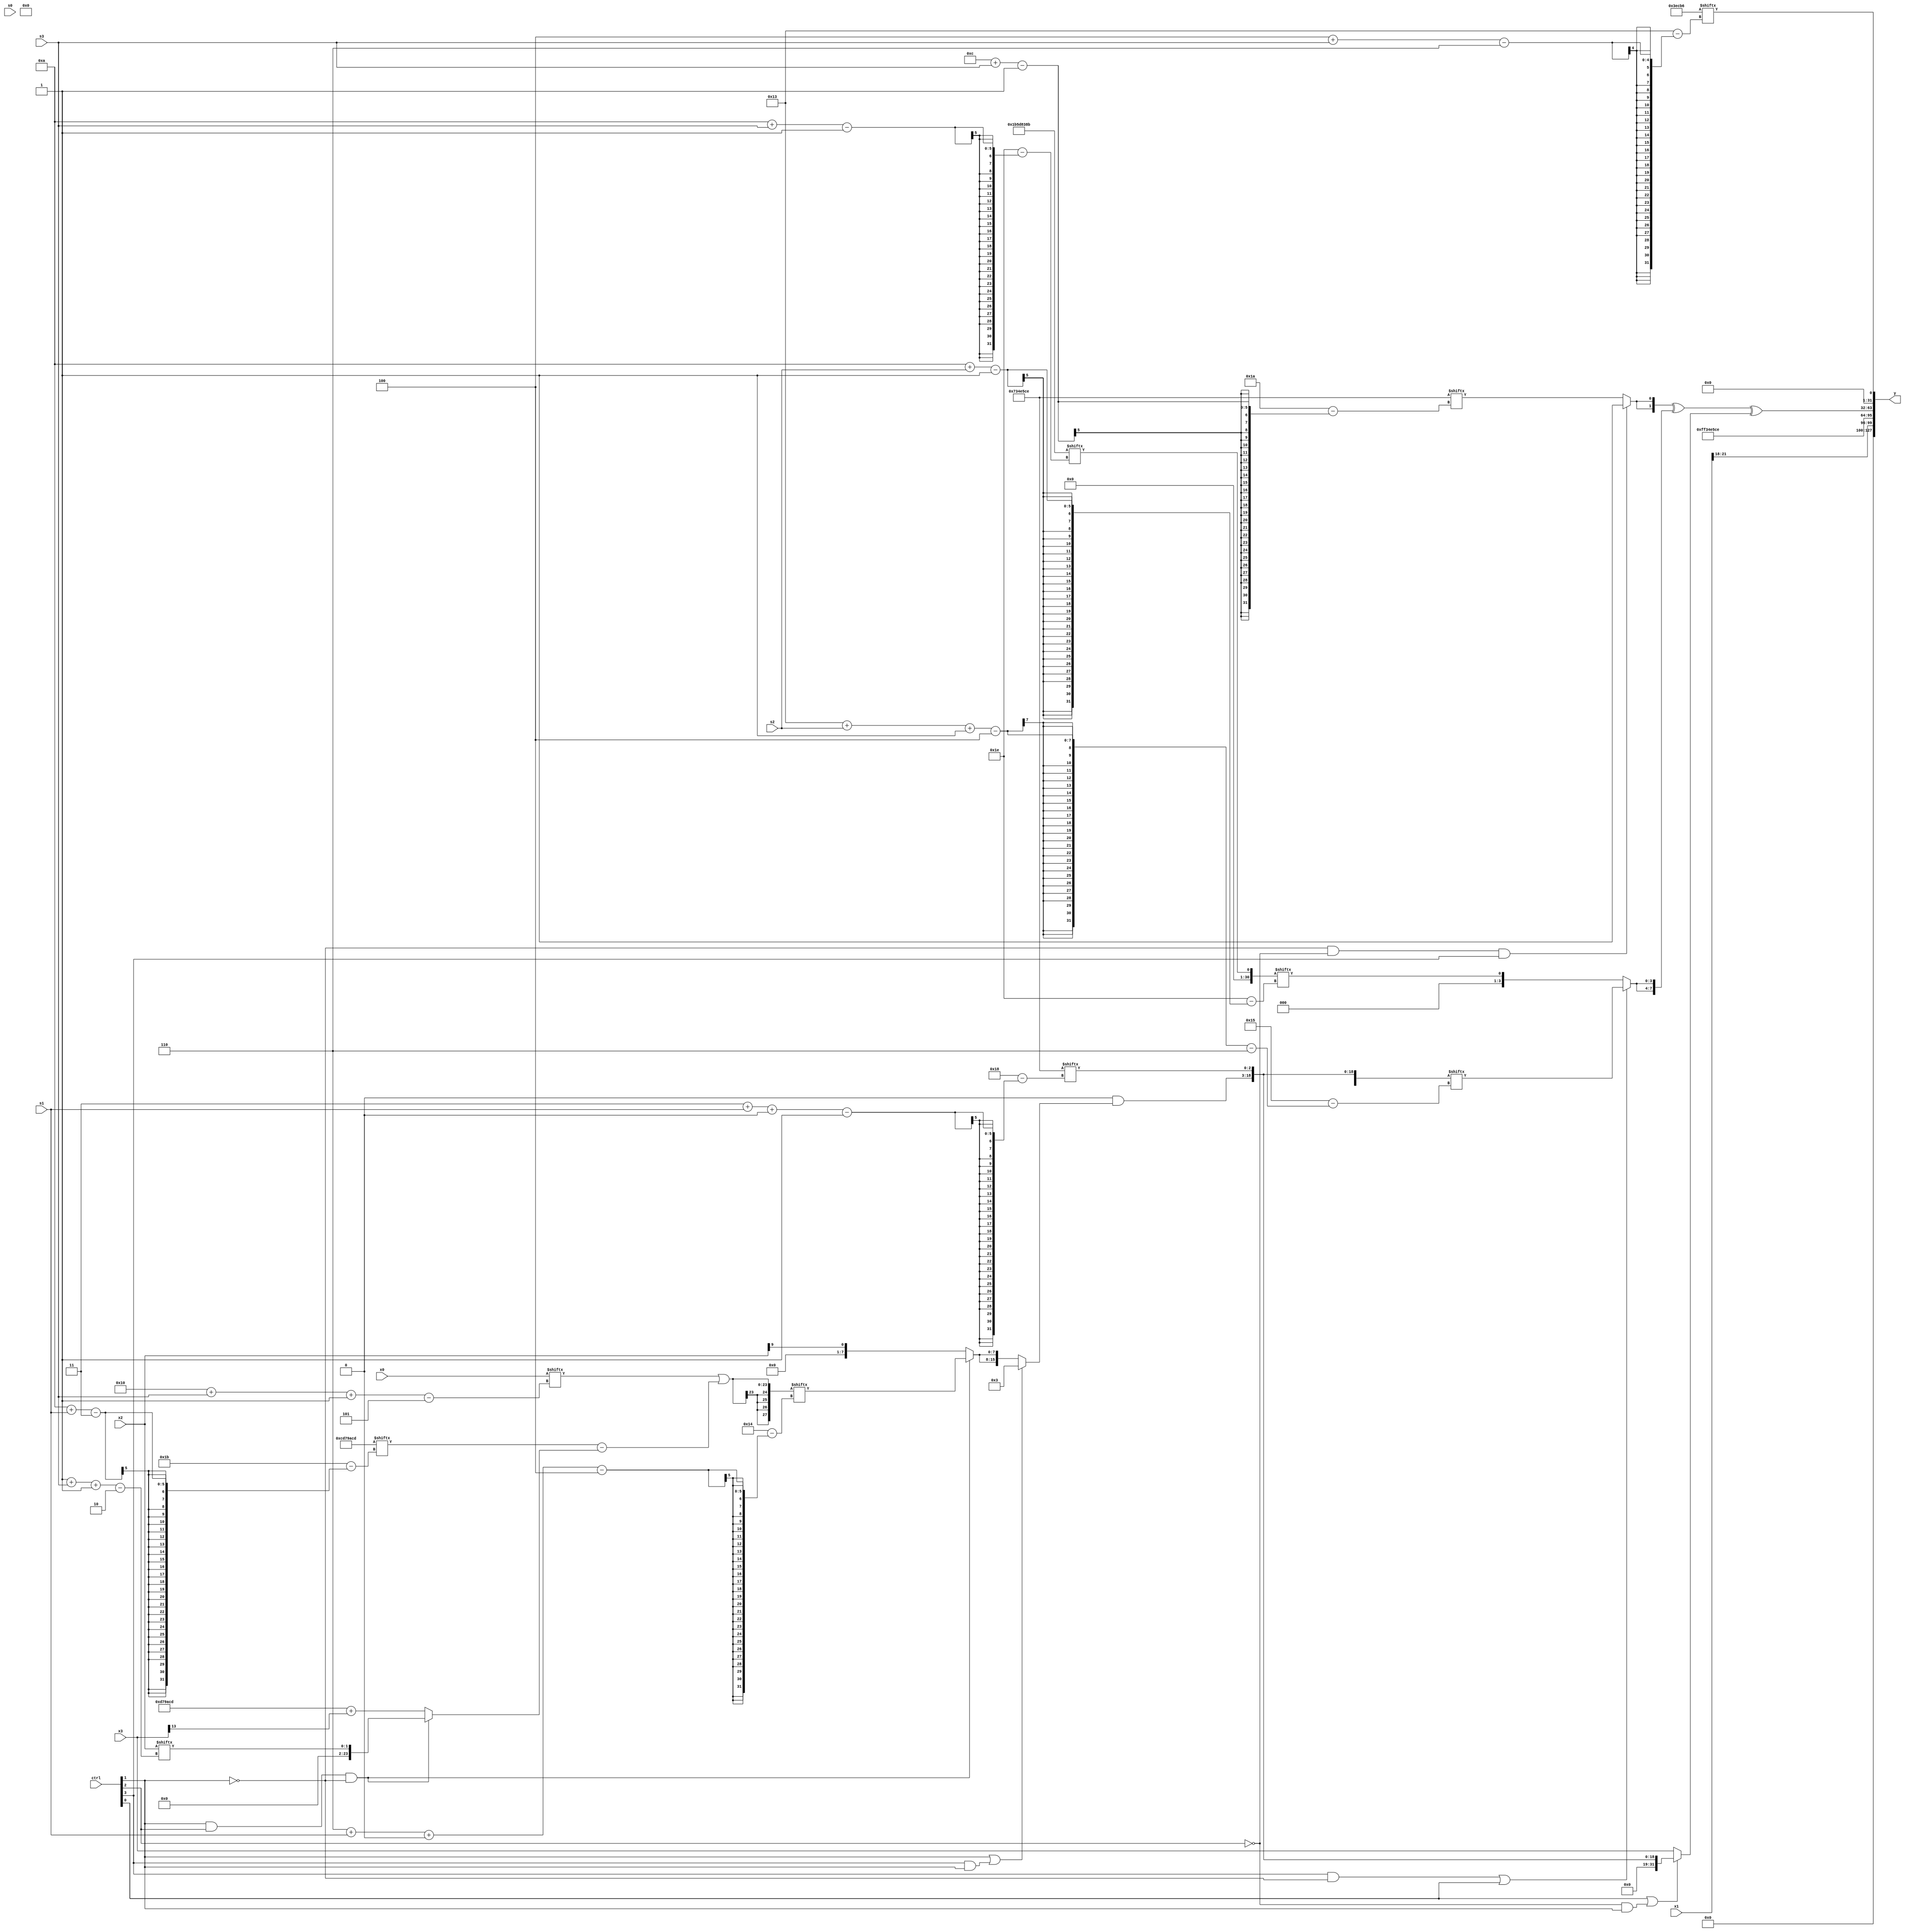
module partsel_00118(ctrl, s0, s1, s2, s3, x0, x1, x2, x3, y);
  input [3:0] ctrl;
  input [2:0] s0;
  input [2:0] s1;
  input [2:0] s2;
  input [2:0] s3;
  input signed [31:0] x0;
  input [31:0] x1;
  input signed [31:0] x2;
  input [31:0] x3;
  wire signed [1:31] x4;
  wire [25:0] x5;
  wire signed [2:25] x6;
  wire [7:25] x7;
  wire signed [1:24] x8;
  wire signed [24:5] x9;
  wire signed [26:2] x10;
  wire signed [4:31] x11;
  wire [6:30] x12;
  wire [26:4] x13;
  wire [7:31] x14;
  wire [25:6] x15;
  output [127:0] y;
  wire [31:0] y0;
  wire [31:0] y1;
  wire [31:0] y2;
  wire signed [31:0] y3;
  assign y = {y0,y1,y2,y3};
  localparam signed [6:25] p0 = 635694262;
  localparam [1:31] p1 = 459113355;
  localparam signed [1:27] p2 = 926213582;
  localparam [3:30] p3 = 483891917;
  assign x4 = p1[10 + s3];
  assign x5 = x3[18 +: 4];
  assign x6 = (((((x4[14 + s0] - x3[22 + s1 +: 2]) - p3[13 + s2]) ^ {(x3 | x5), (x2 + x5[15 +: 2])}) ^ p3[19 +: 3]) + ((((x3[16] & p1) ^ x4[7 + s1 -: 8]) & ((p0[21 -: 2] & p3[6 + s2 -: 6]) + p2[17 + s1])) + (!ctrl[3] || !ctrl[2] || ctrl[3] ? (((p3 & p1[20]) - x0[9]) & (x4 | x2[12 + s0 -: 8])) : {((x4 + x0[16 -: 3]) & x2[17 + s0]), x3[13]})));
  assign x7 = p1[17 +: 2];
  assign x8 = {(x0[14] ^ (x2[14 + s0] & p3[16 + s1])), (x0[16 + s3 -: 5] | (p3[10 + s1] - (ctrl[1] && ctrl[2] && !ctrl[1] ? x2[1 + s3 -: 2] : (p3 + x3[13]))))};
  assign x9 = (ctrl[0] || !ctrl[3] || ctrl[1] ? (x7[22] - {2{{(p3[9 +: 2] & x1[15 +: 3]), {x2, x0[22 + s0 +: 4]}}}}) : p2[19 -: 3]);
  assign x10 = ((!ctrl[0] && ctrl[0] || !ctrl[2] ? {((x0[24 + s2 +: 6] + p1[18 + s2 +: 8]) | p2[13 + s3]), {(p1 | (x5 | p3[13 -: 4])), p1[26 + s0 +: 3]}} : {(ctrl[2] && ctrl[3] || ctrl[2] ? x3[13 + s0] : (ctrl[1] && ctrl[0] || !ctrl[1] ? (x6 - x1[6 + s0 +: 5]) : p0[24 + s0 +: 5])), x9[18]}) | {2{(p3[12 -: 2] ^ p0[21 + s3 +: 6])}});
  assign x11 = x8;
  assign x12 = {(x4[23] & (ctrl[1] || ctrl[3] && ctrl[1] ? p0[19 +: 3] : {2{(ctrl[1] && ctrl[2] && !ctrl[1] ? x11[6 + s1 +: 8] : x2[9])}})), p2[3 + s1 +: 3]};
  assign x13 = {2{x1[16 + s3 -: 4]}};
  assign x14 = p2;
  assign x15 = (!ctrl[3] && ctrl[0] || !ctrl[3] ? x2[18 + s1 -: 7] : p3[20 + s1 -: 7]);
  assign y0 = {p3[22], x1[21 -: 4]};
  assign y1 = p2;
  assign y2 = {2{(({2{(!ctrl[1] && !ctrl[2] && ctrl[3] ? p1[9 +: 1] : p2[12 + s3])}} ^ {2{(ctrl[3] && !ctrl[1] || ctrl[0] ? x12[19 + s2 -: 4] : x4[10 + s2])}}) ^ (ctrl[0] || !ctrl[2] && ctrl[1] ? x12 : x3))}};
  assign y3 = p0[4 + s3];
endmodule